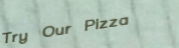
Try Our Pizza